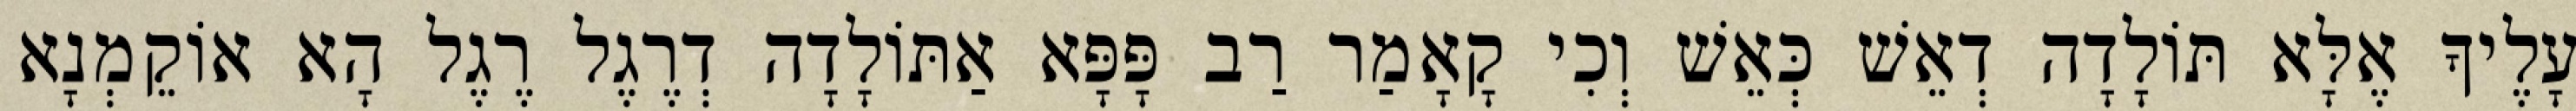
עָלֶיךָ אֶלָּא תּוֹלָדָה דְאֵשׁ כְּאֵשׁ וְכִי קָאָמַר רַב פָּפָּא אַתּוֹלָדָה דְרֶגֶל רֶגֶל הָא אוֹקֵמְנָא